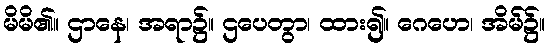
မိမိ၏။ ဌာနေ၊ အရာ၌။ ဌပေတွာ၊ ထား၍။ ဂေဟေ၊ အိမ်၌။